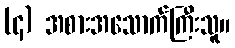
(၄) အစားအသောက်ကြီးသူ။